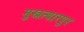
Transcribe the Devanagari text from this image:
मुखत्यारपुर